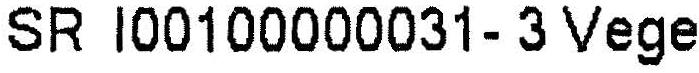
SR I00100000031- 3 VEGE